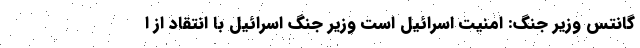
گانتس وزیر جنگ: امنیت اسرائیل است وزیر جنگ اسرائیل با انتقاد از ا